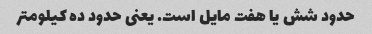
حدود شش یا هفت مایل است. یعنی حدود ده کیلومتر